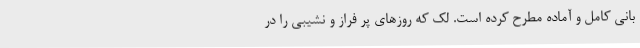
بانی کامل و آماده مطرح کرده است. لک که روزهای پر فراز و نشیبی را در